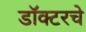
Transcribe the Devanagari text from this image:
डॉक्टरचे